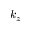
k _ { z }